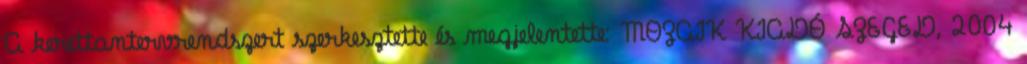
A kerettantervrendszert szerkesztette és megjelentette: MOZAIK KIADÓ SZEGED, 2004